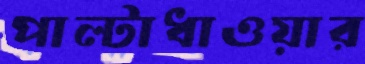
পাল্টাধাওয়ার